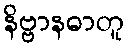
နိဗ္ဗာနဓာတူ